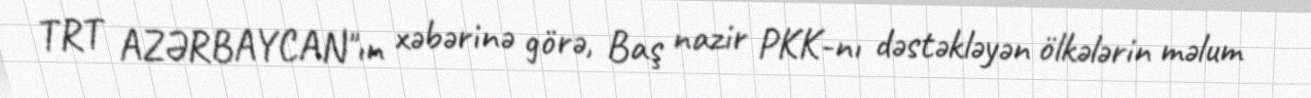
TRT AZƏRBAYCAN"ın xəbərinə görə, Baş nazir PKK-nı dəstəkləyən ölkələrin məlum